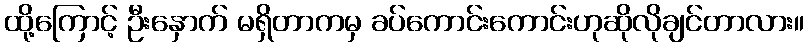
ထို့ကြောင့် ဦးနှောက် မရှိတာကမှ ခပ်ကောင်းကောင်းဟုဆိုလိုချင်တာလား။